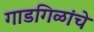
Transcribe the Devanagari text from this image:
गाडगिळांचे